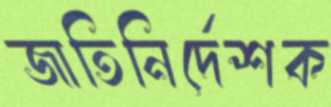
জাতিনির্দেশক